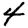
Digit: 4